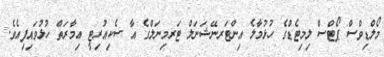
މޯލްޑިވްސް ޕޯޓްސް ލިމިޓެޑްގެ ހުޅުމާލެ އިންޓަރނޭޝަނަލް ޓަރމިނަލްގެ އާ ސެކިއުރިޓީ ޢިމާރަތް ހުޅުވައިފިއެވެ.